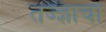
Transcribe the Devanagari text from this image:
तज्‍ज्ञाचा